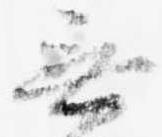
無